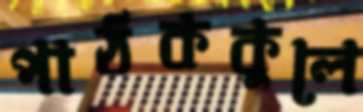
পাঠককুলে